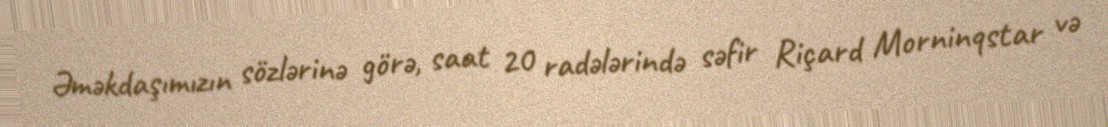
Əməkdaşımızın sözlərinə görə, saat 20 radələrində səfir Riçard Morninqstar və